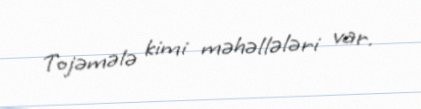
Tojəmələ kimi məhəllələri var.